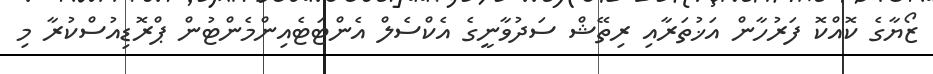
ޒޯޔާގެ ކޮއްކޮ ފަރުހާން އަޚުތަރާއި ރިތޭޝް ސަދުވާނީގެ އެކްސެލް އެންޓަޓެއިންމެންޓުން ޕްރޮޑިއުސްކުރާ މި